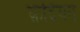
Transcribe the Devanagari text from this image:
क़दियन